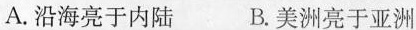
A.沿海亮于内陆 B.美洲亮于亚洲